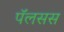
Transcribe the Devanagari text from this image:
पॅलसस